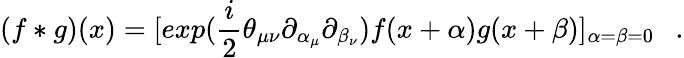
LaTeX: (f*g)(x)=[exp(\frac{i}{2}\theta_{\mu\nu}\partial_{\alpha_{\mu}}\partial_{\beta_{\nu}})f(x+\alpha)g(x+\beta)]_{\alpha=\beta=0}~~~.